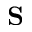
\mathbf { S }